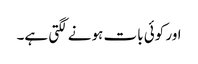
اور کوئی بات ہونے لگتی ہے۔